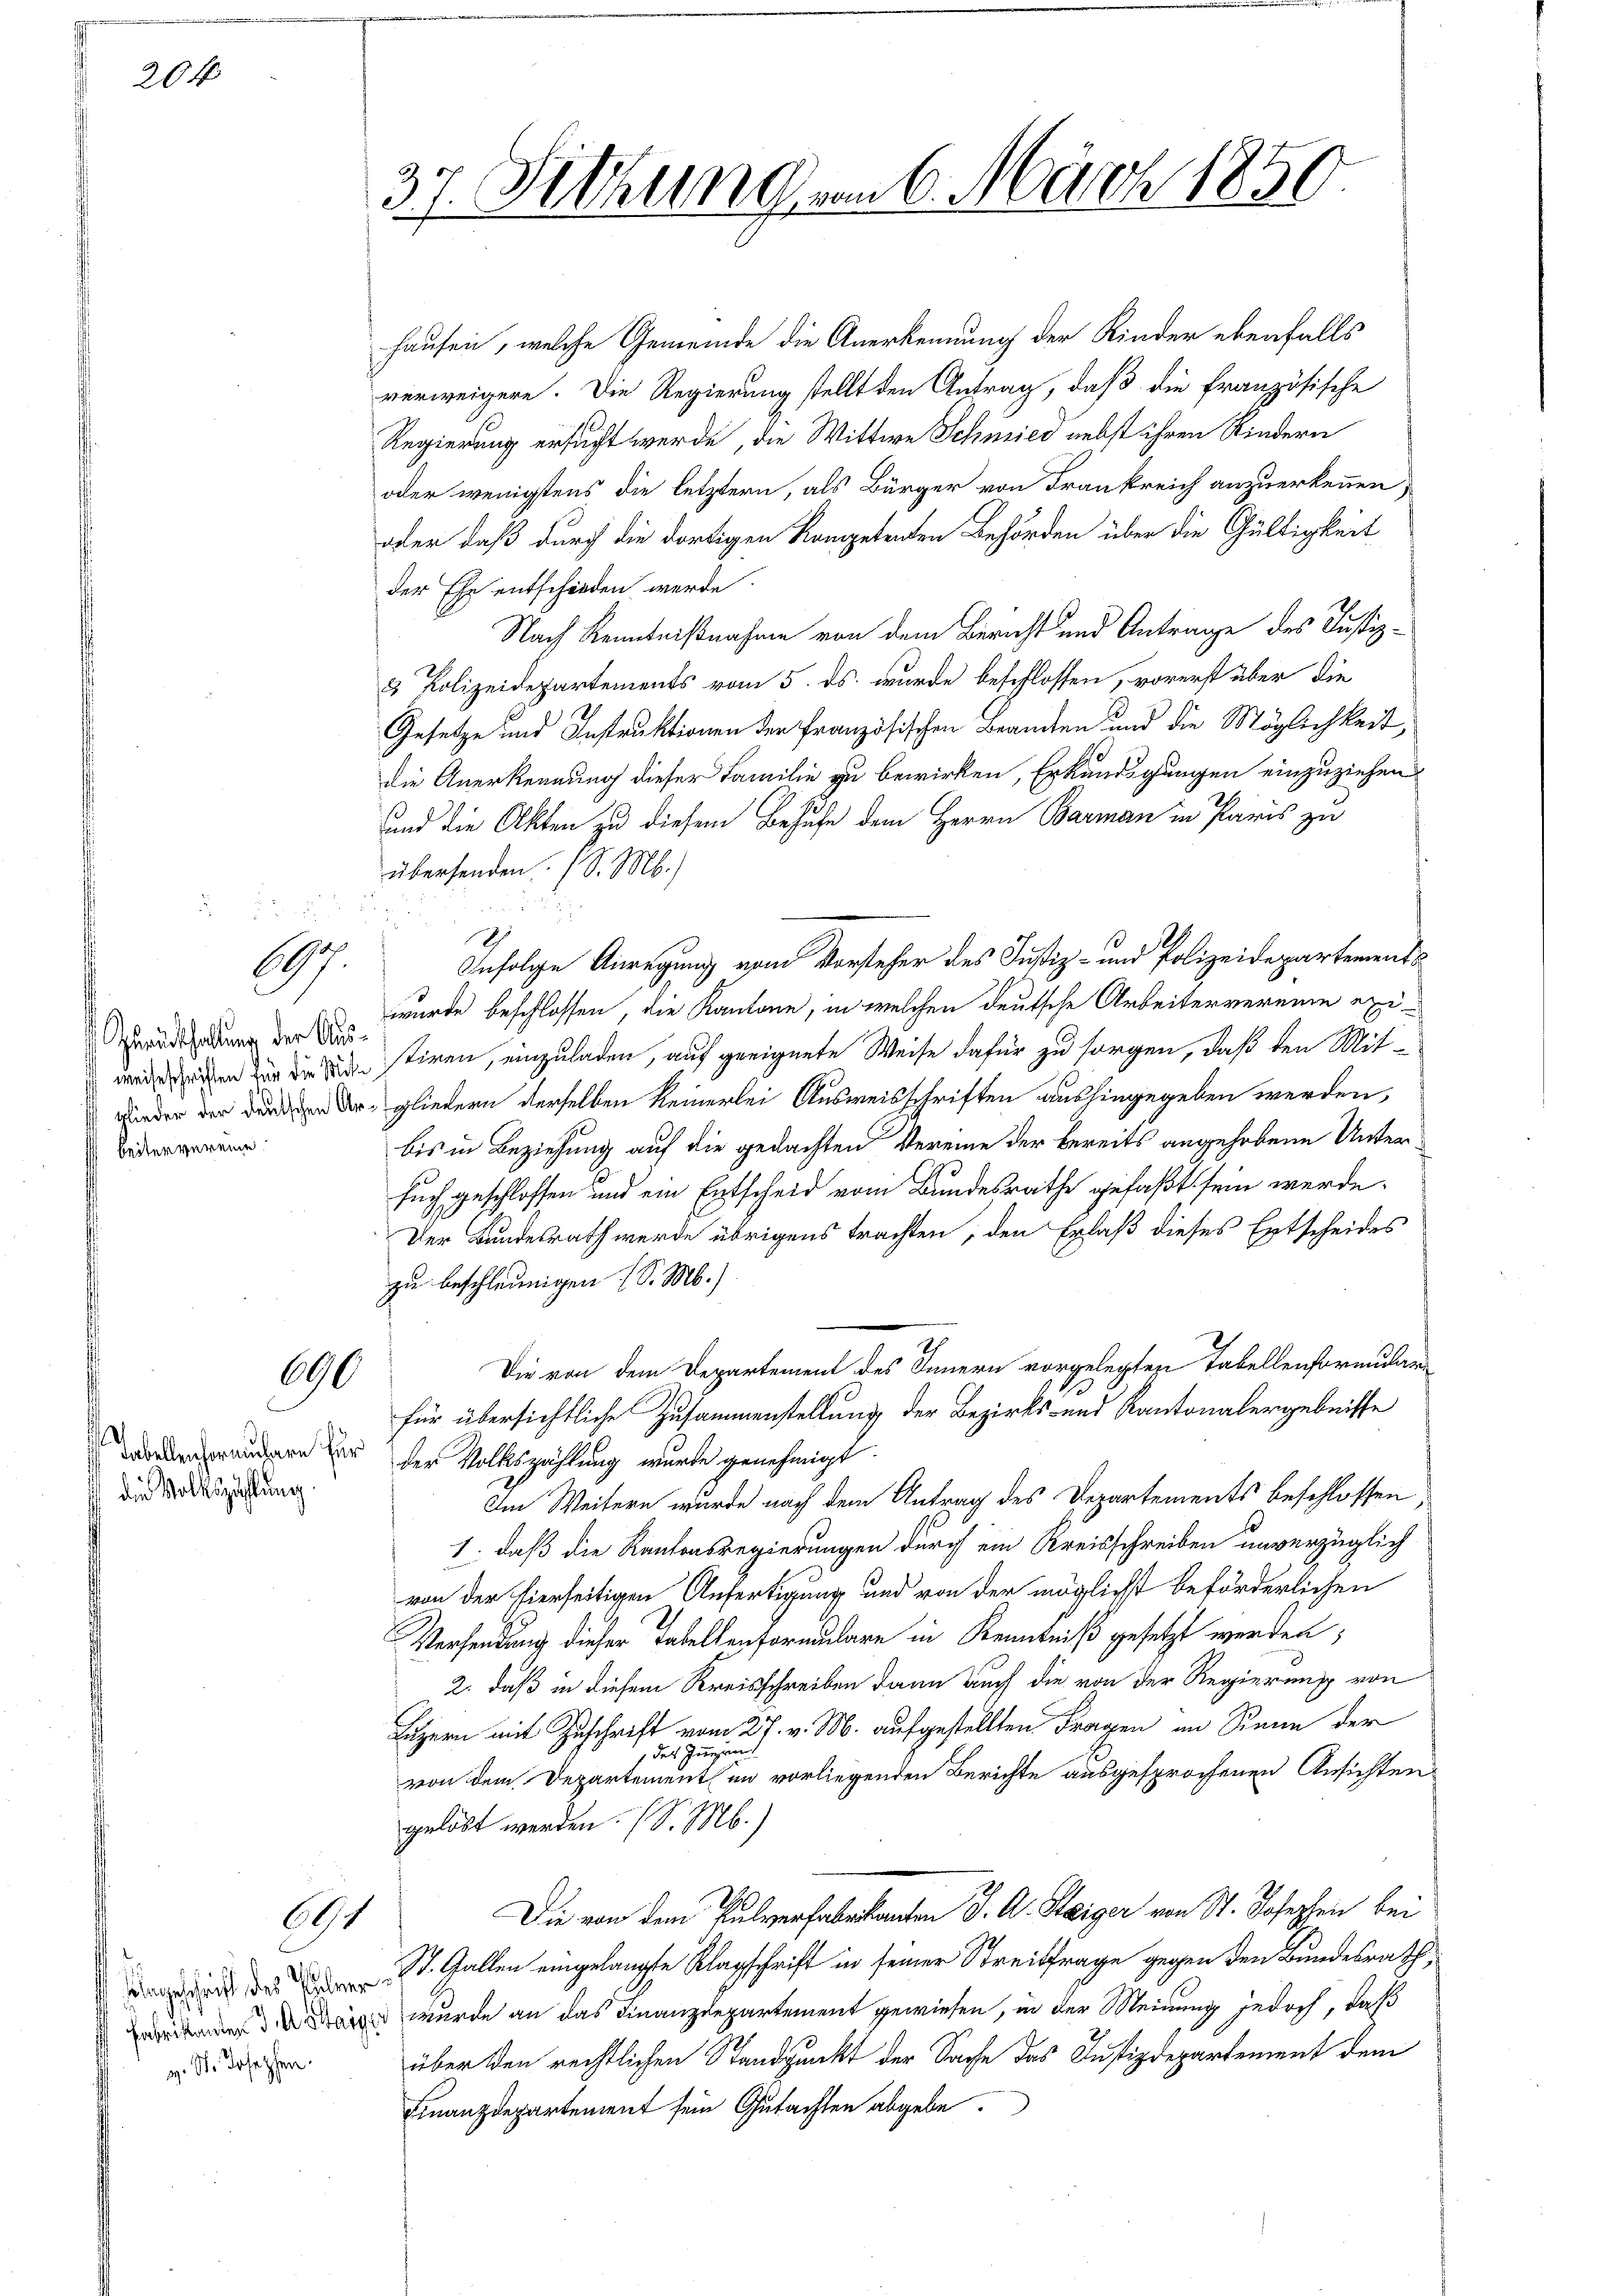
204

l

Zurückhaltung der Aus
beiter vereine

690

die Volkszählung.

691

g. St. Josephen.

37. Sitzung vom 6. März 1850.

hausen, welche Gemeinde die Anerkennung der Kinder ebenfalls
verweigere. Die Regierung stellt den Antrag, daß die französische
Regierung ersucht werde, die Wittwe Schmied nebst ihren Kindern
oder wenigstens die letztern, als Bürger von Frankreich anzuerkennen,
oder daß durch die dortigen Kompetenten Behörden über die Gültigkeit
der Ehe entschieden werde
Nach Kenntnißnahme von dem Bericht und Antrage des Justiz¬
3 Polizeidepartements vom 5. ds. wurde beschlossen, vorerst über die
Gesetze und Instruktionen der Französischen Beamten und die Möglichkeit,
die Anerkennung dieser Familie zu bewirken, Erkundigungen einzuziehen
und die Akten zu diesem Behufe dem Herrn Barman in Paris zu
übersenden. (S. M.)
I
Infolge Anregung vom Vorsteher des Justiz- und Polizeidepartements
wurde beschlossen, die Kantone, in welchen deutsche Arbeitervereine exiweiszigen der die die stiren, einzuladen, auf geeignete Weise dafür zu sorgen, daß den Mit-
wieder der dann der gliedern derselben keinerlei Ausweisschriften aushingegeben werden,
bis in Beziehung auf die gedachten Vereine der bereits angehobene Untersuch geschlossen und ein Entscheid vom Bundesrathe gefaßt sein werde.
Der Bundesrath werde übrigens trachten, den Erlaß dieses Entscheides
zu beschleunigen (S. M.)
Die von dem Departement des Innern vorgelegten Tabellenformular
für übersichtliche Zusammenstellung der Bezirks- und Kantonalergebnisse
worden andern der der Volkszählung wurde genehmigt.
Im Weitern wurde nach dem Antrag des Departements beschlossen
1. daß die Kantonsregierungen durch ein Kreisschreiben unverzüglich
von der hierseitigen Anfertigung und von der möglichst beförderlichen
Versendung dieser Tabellenformulare in Kenntniß gesetzt werden,
2. daß in diesem Kreisschreiben dann auch die von der Regierung von
Luzern mit Zuschrift vom 27. v. M. aufgestellten Fragen an Renn der
des Innerun
von dem Departement im vorliegenden Berichte ausgesprochenen Ansichten
gelöst werden. (S. M.)
Die von dem Pulverfabrikanton J. A. Steiger von St. Josephen bei
 St. Gallen eingelangte Klagschrift in seiner Streitfrage gegen den Bundesrath,
 wurde an das Finanzdepartement gewiesen, in der Meinung jedoch, daß
über den rechtlichen Standpunkt der Sache das Justizdepartement dem
Finanzdepartement sein Gutachten abgebe.